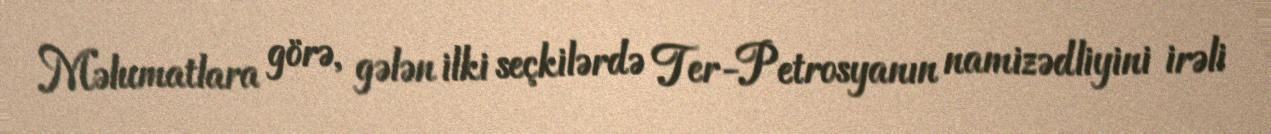
Məlumatlara görə, gələn ilki seçkilərdə Ter-Petrosyanın namizədliyini irəli